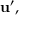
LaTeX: \mathbf { u ^ { \prime } } ,